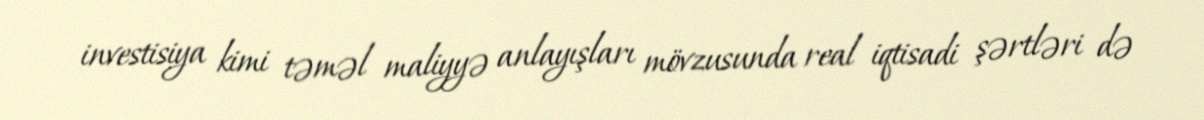
investisiya kimi təməl maliyyə anlayışları mövzusunda real iqtisadi şərtləri də